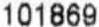
101869